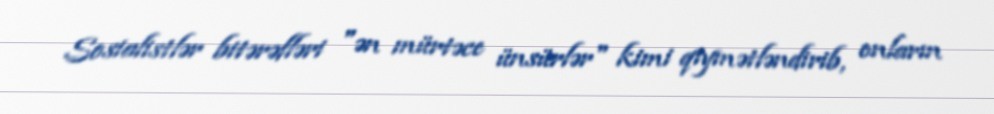
Sosialistlər bitərəfləri "ən mürtəce ünsürlər" kimi qiymətləndirib, onların